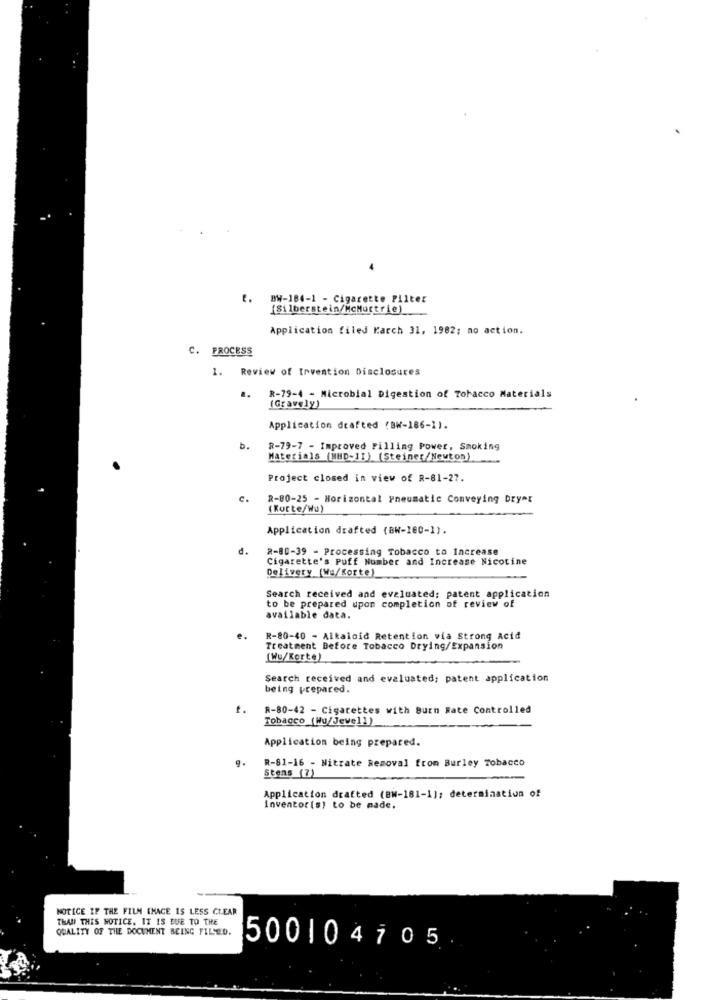
BW-184-1 - Cigarette Filter
(Silberstein/McMurtrie)
Application filed Karch 31, 1982; no action.
C. PROCESS
1. Review of Invention Disclosures
R-79-4 - Microbial Digestion of Tobacco Materials
..
(Gravely)
Application drafted (BW-186-1).
b.
R-79-7 - Improved Filling Power, Smoking
Materials (MHD-11) (Steiner/Newton)
Project closed in view of R-81-27.
c.
2-80-25 - Horizontal Pneumatic Conveying Dry"E
(Korte/Wa)
Application drafted (BW-160-1).
d.
2-80-39 - Processing Tobacco to Increase
Cigarette's Puff Number and Increase Nicotine
Delivery (Wu/Korte)
Search received and evaluated; patent application
to be prepared upon completion of review of
available data.
e.
R-80-40 - Alkaloid Retention wia Strong Acid
Treatment Before Tobacco Drying/Expansion
(Wu/Korte)
Search received and evaluated; patent application
being prepared.
f.
R-80-42 - Cigarettes with Burn Rate Controlled
Tobacco (Wu/Jeve11)
Application being prepared.
R-81-16 - Nitrate Removal from Burley Tobacco
Stens (?)
Application drafted (BW-181-1); determination of
Inventor(s) to be made.
NOTICE IF THE FILM CHACE IS LESS CLEAR
THAN THIS NOTICE, IT IS DUE TO THE
QUALITY OF THE DOCUMENT BEING FILED.
500104705